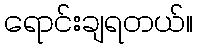
ရောင်းချရတယ်။